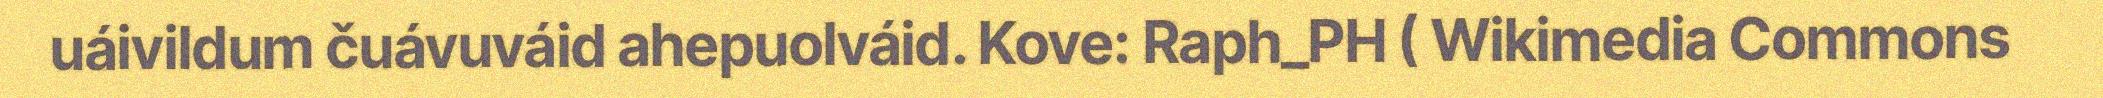
uáivildum čuávuváid ahepuolváid. Kove: Raph_PH ( Wikimedia Commons